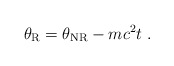
\begin{align*}\theta_{\rm R} = \theta_{\rm NR}-mc^2t \ .\end{align*}